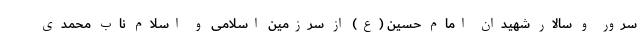
سرور و سالار شهیدان امام حسین (ع) از سرزمین اسلامی و اسلام ناب محمدی